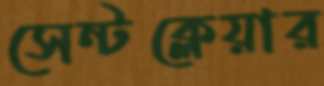
সেন্টক্লেয়ার